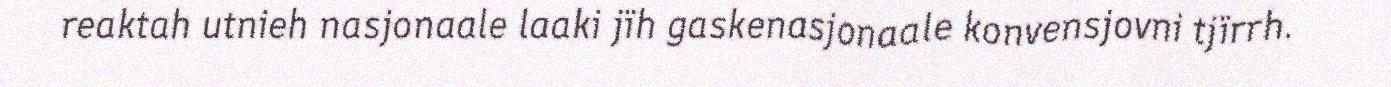
reaktah utnieh nasjonaale laaki jïh gaskenasjonaale konvensjovni tjïrrh.